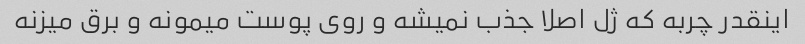
اینقدر چربه که ژل اصلا جذب نمیشه و روی پوست میمونه و برق میزنه